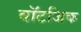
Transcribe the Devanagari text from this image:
वॉटजिक